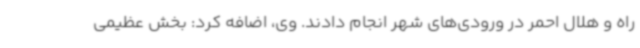
راه و هلال احمر در ورودی‌های شهر انجام دادند. وی، اضافه کرد: بخش عظیمی